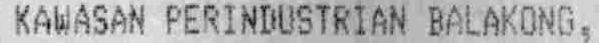
KAWASAN PERINDUSTRIAN BALAKONG,